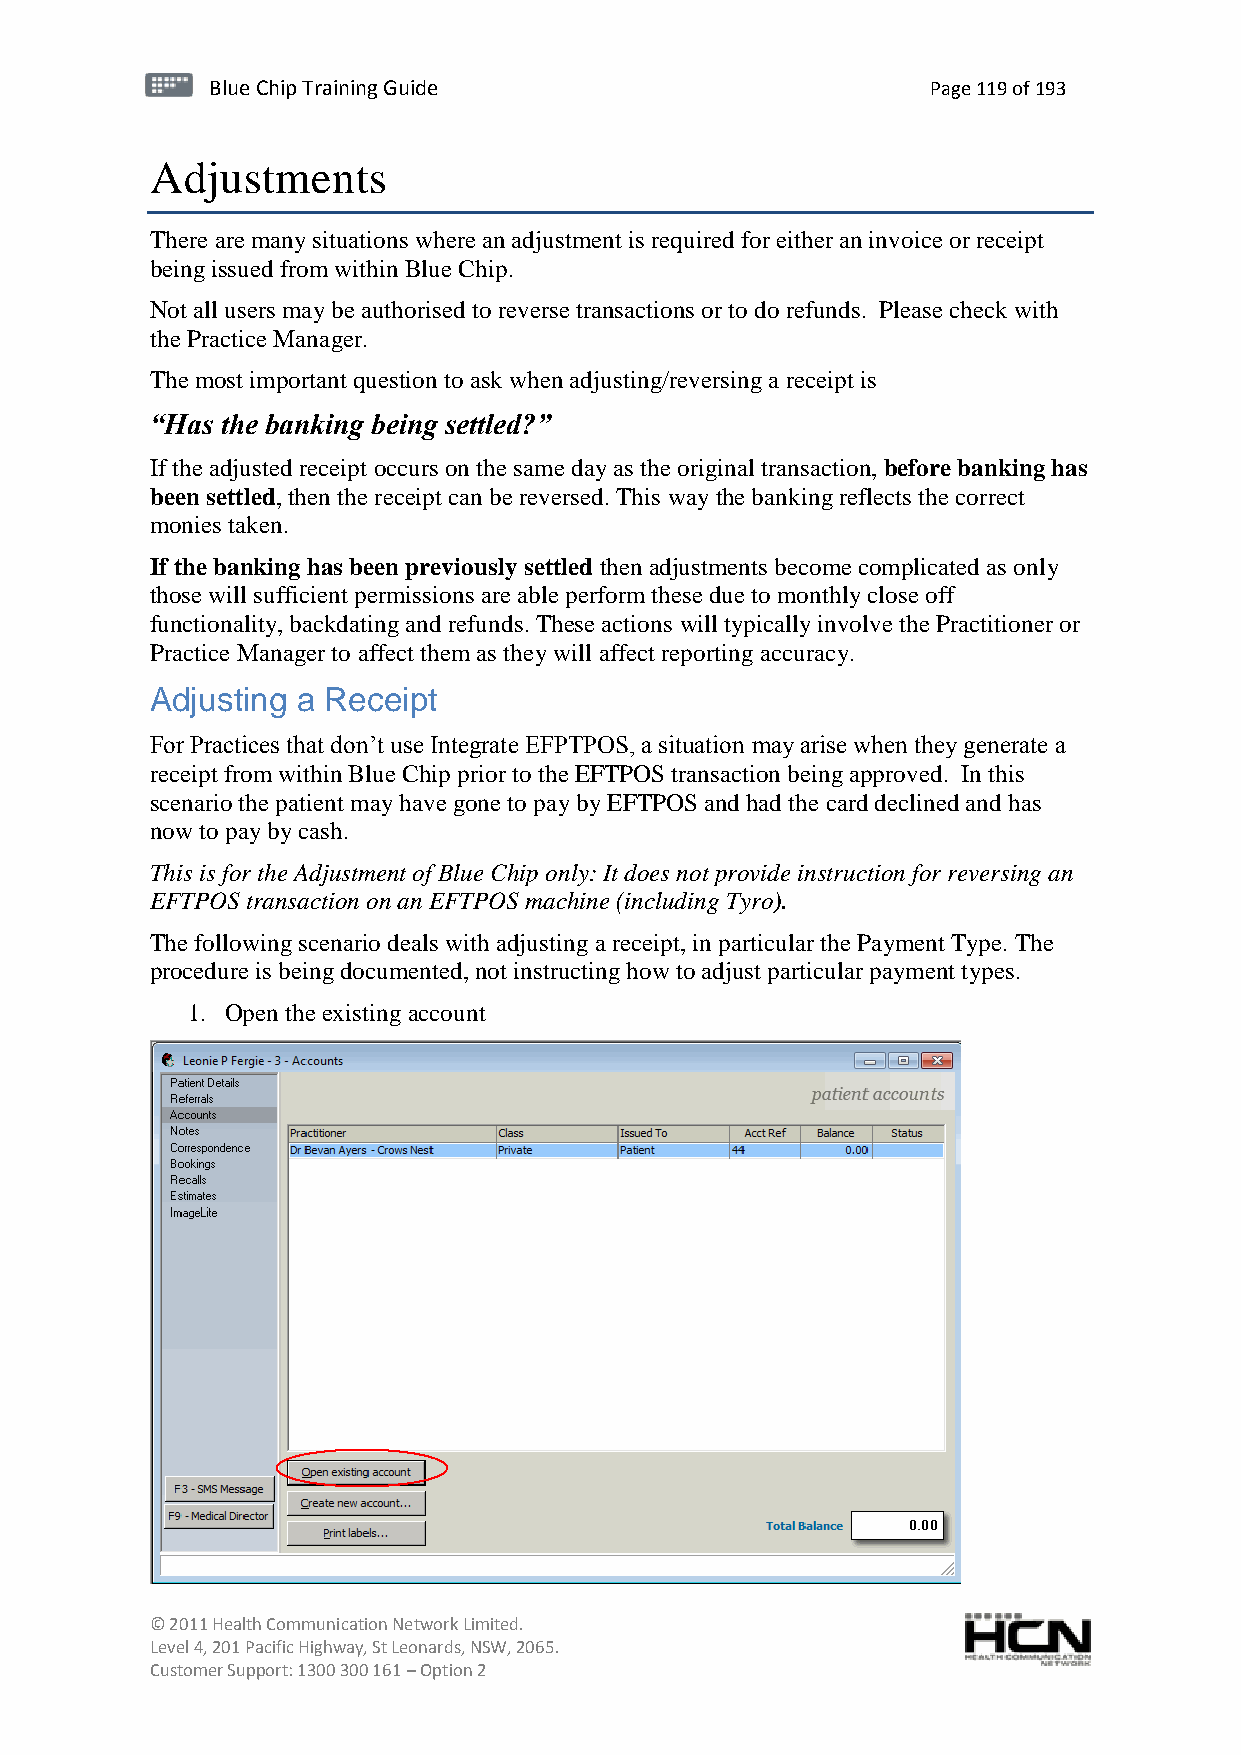
BBlluuee C Chihpi pTr Tairnainingi Gnugi dGeu ide Page 119 of 193
 Adjustments
 There are many situations where an adjustment is required for either an invoice or receipt
 being issued from within Blue Chip.
 Not all users may be authorised to reverse transactions or to do refunds. Please check with
 the Practice Manager.
 The most important question to ask when adjusting/reversing a receipt is
 “Has the banking being settled?”
 If the adjusted receipt occurs on the same day as the original transaction, before banking has
 been settled, then the receipt can be reversed. This way the banking reflects the correct
 monies taken.
 If the banking has been previously settled then adjustments become complicated as only
 those will sufficient permissions are able perform these due to monthly close off
 functionality, backdating and refunds. These actions will typically involve the Practitioner or
 Practice Manager to affect them as they will affect reporting accuracy.
 Adjusting a Receipt
 For Practices that don’t use Integrate EFPTPOS, a situation may arise when they generate a
 receipt from within Blue Chip prior to the EFTPOS transaction being approved. In this
 scenario the patient may have gone to pay by EFTPOS and had the card declined and has
 now to pay by cash.
 This is for the Adjustment of Blue Chip only: It does not provide instruction for reversing an
 EFTPOS transaction on an EFTPOS machine (including Tyro).
 The following scenario deals with adjusting a receipt, in particular the Payment Type. The
 procedure is being documented, not instructing how to adjust particular payment types.
 1. Open the existing account
 © 2011 Health Communication Network Limited.
 Level 4, 201 Pacific Highway, St Leonards, NSW, 2065.
 Customer Support: 1300 300 161 – Option 2